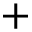
+